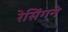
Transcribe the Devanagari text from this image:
रेसिंगने